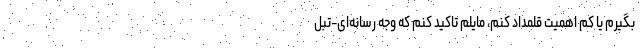
بگیرم یا کم اهمیت قلمداد کنم، مایلم تاکید کنم که وجه رسانه‌ای-تبل